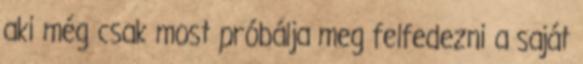
aki még csak most próbálja meg felfedezni a saját